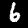
Label: 6